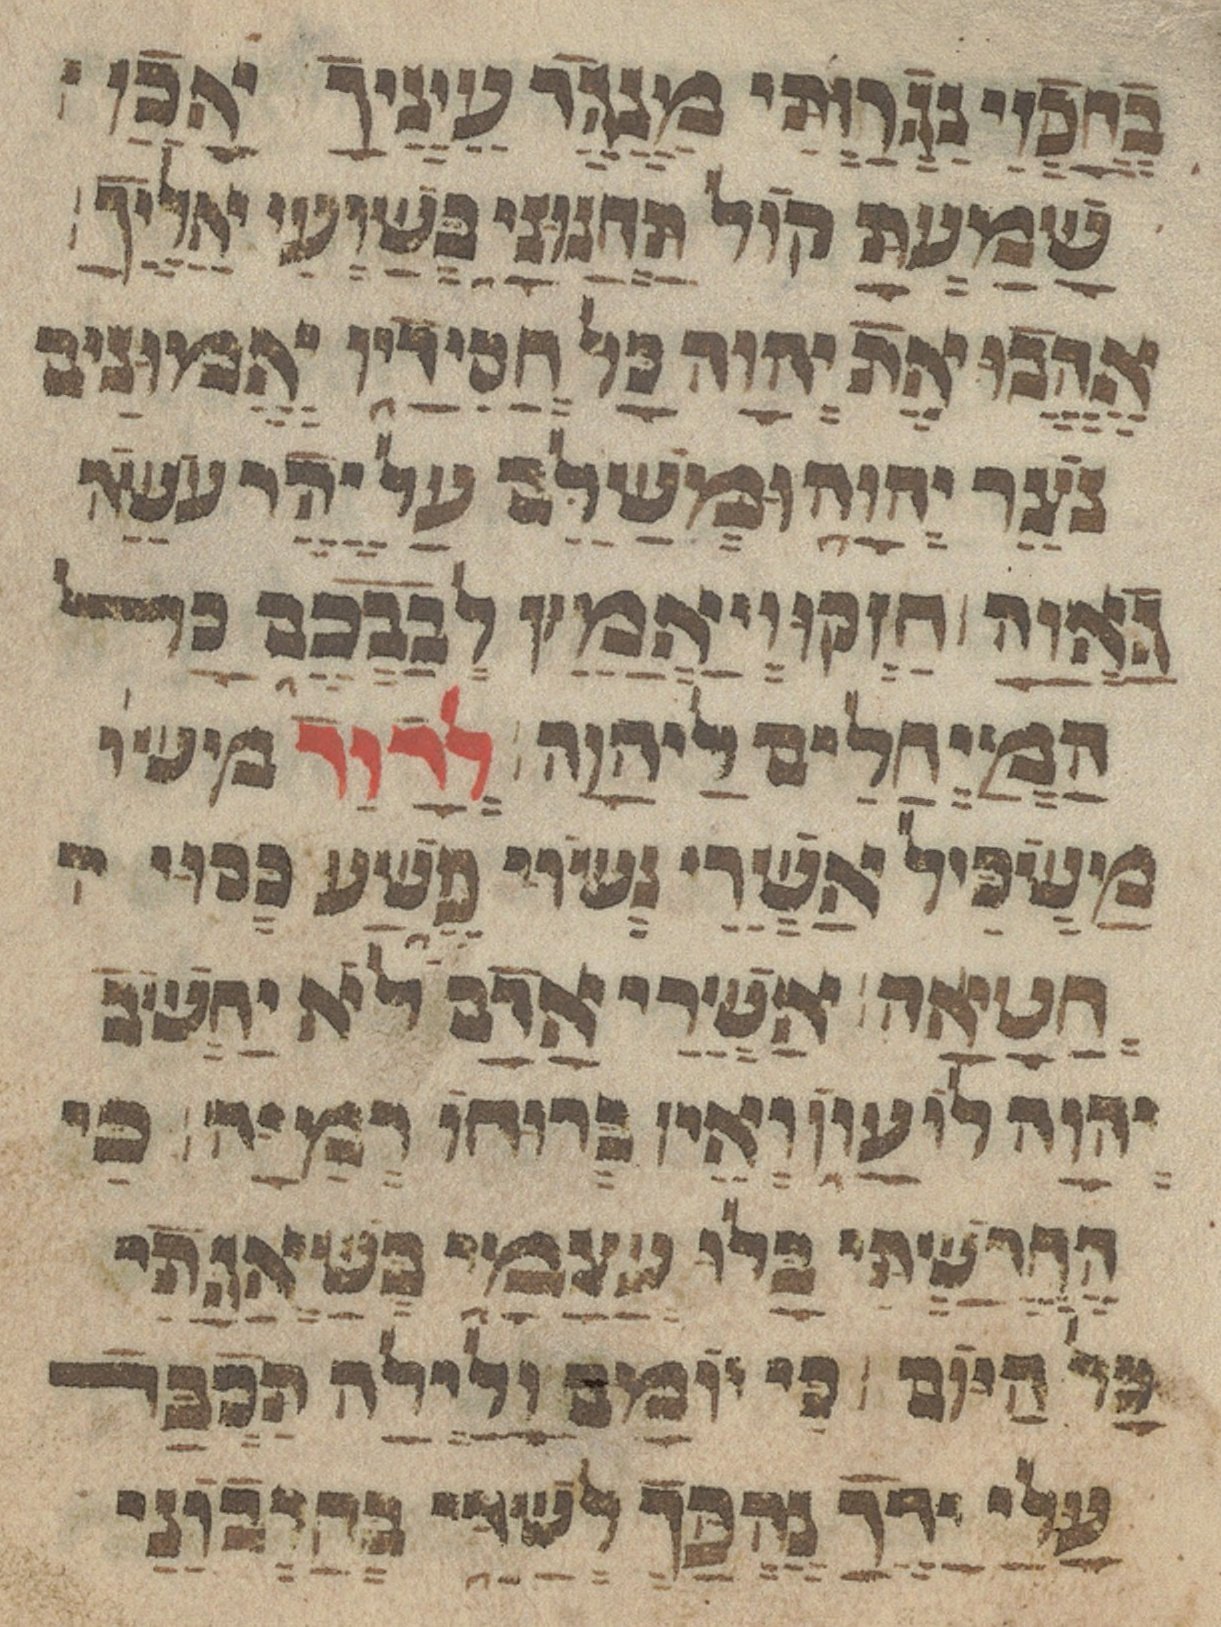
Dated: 1433–1433